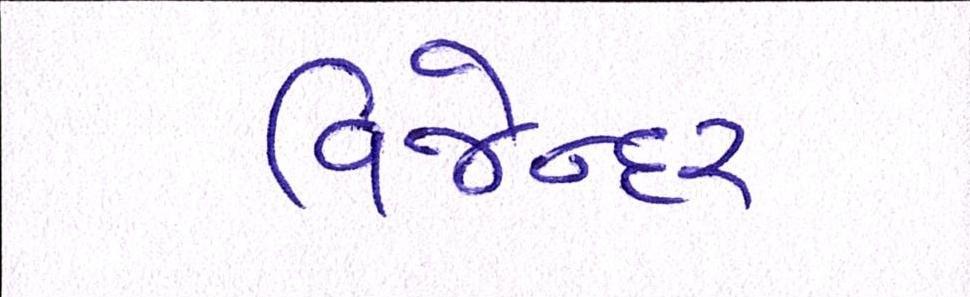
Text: વિજેન્દર